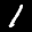
Label: 1